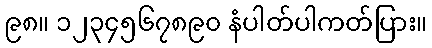
၉၈။ ၁၂၃၄၅၆၇၈၉၀ နံပါတ်ပါကတ်ပြား။